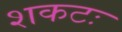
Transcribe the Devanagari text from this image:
शकटः